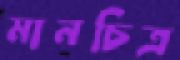
মানচিত্র